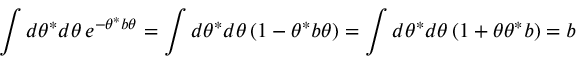
\int d \theta ^ { * } d \theta \, e ^ { - \theta ^ { * } b \theta } = \int d \theta ^ { * } d \theta \, ( 1 - \theta ^ { * } b \theta ) = \int d \theta ^ { * } d \theta \, ( 1 + \theta \theta ^ { * } b ) = b